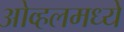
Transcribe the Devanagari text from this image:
ओव्हलमध्ये